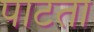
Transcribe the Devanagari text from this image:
पाटता